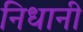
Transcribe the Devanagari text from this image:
निधानी